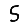
Digit: 5